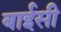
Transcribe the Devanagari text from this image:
बाईसी